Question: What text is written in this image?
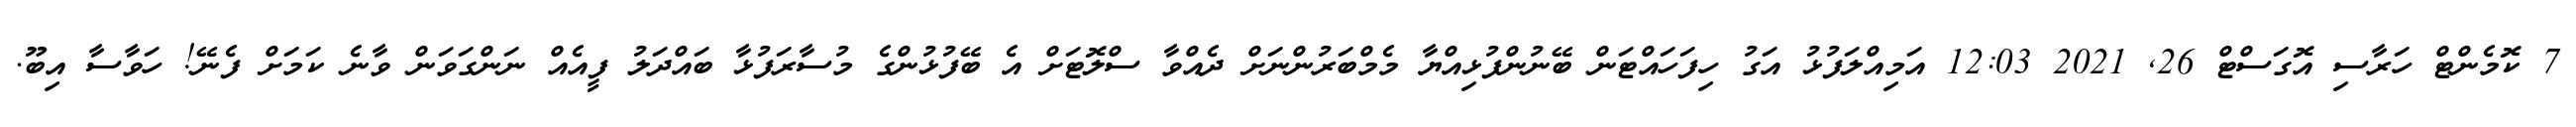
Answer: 7 ކޮމެންޓް ހަރާސި އޮގަސްޓް 26, 2021 12:03 އަމިއްލަފުޅު އަގު ހިފަހައްޓަން ބޭނުންފުޅިއްޔާ މެމްބަރުންނަށް ދެއްވާ ސްލޮޓަށް އެ ބޭފުޅުންގެ މުސާރަފުޅާ ބައްދަލު ފީއެއް ނަންގަވަން ވާނެ ކަމަށް ފެނޭ! ހަވާސާ އިބޫ.